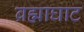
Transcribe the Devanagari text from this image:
ब्रह्माघाट